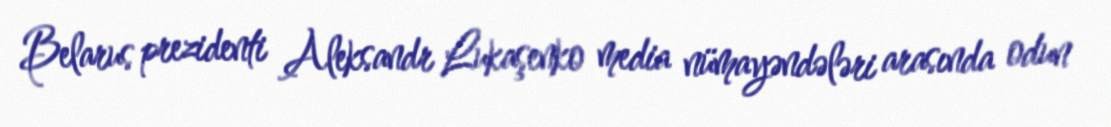
Belarus prezidenti Aleksandr Lukaşenko media nümayəndələri arasında odun